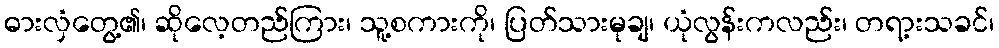
ဓားလှံတွေ့၏၊ ဆိုလေ့တည်ကြား၊ သူ့စကားကို၊ ပြတ်သားမုချ၊ ယုံလွန်းကလည်း၊ တရာ့းသခင်၊